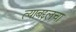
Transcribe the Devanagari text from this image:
त्याबद्दलचा